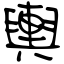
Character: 輿